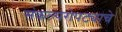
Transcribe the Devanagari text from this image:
संकल्परोपट्याचे